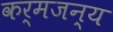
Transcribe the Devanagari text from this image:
कर्मजन्य